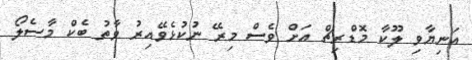
އަނިޔާވި ލޫކާ މޮޑްރިޗް އަށް ވެސް މިރޭ ނުކުޅެވޭއިރު ވާތު ބެކް މާސެލޯ